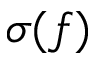
\sigma ( f )